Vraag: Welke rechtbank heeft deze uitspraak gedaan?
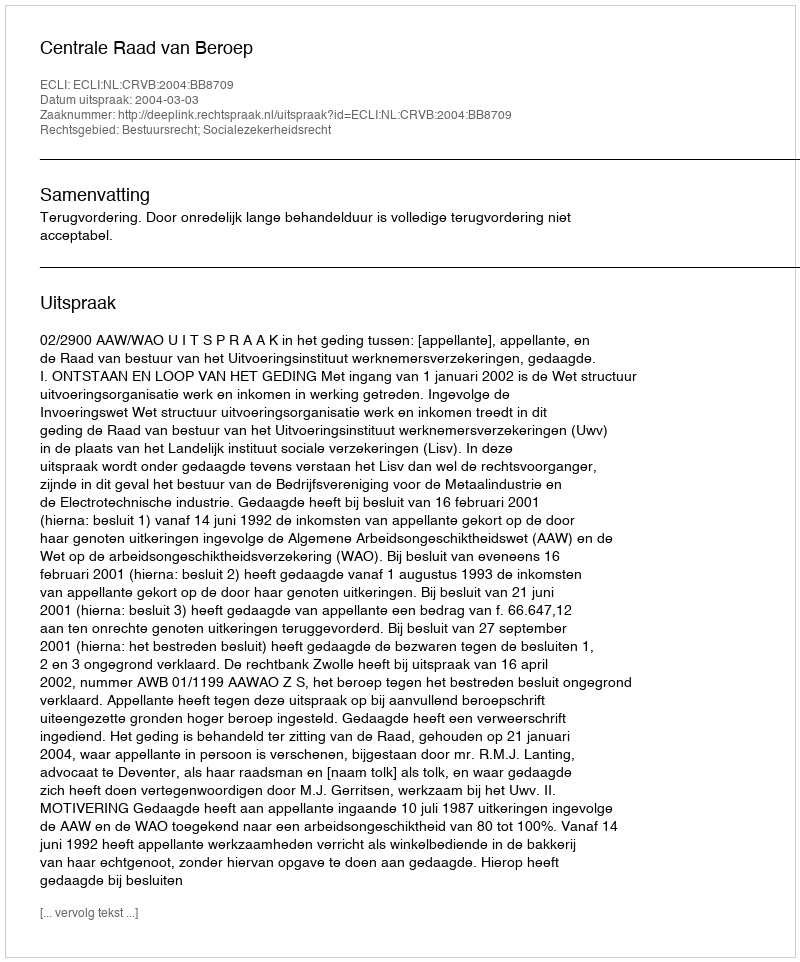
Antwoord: Centrale Raad van Beroep